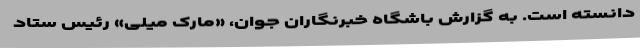
دانسته است. به گزارش باشگاه خبرنگاران جوان، «مارک میلی» رئیس ستاد